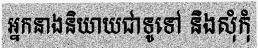
អ្នកនាងនិយាយជាទូទៅ និងសុំកុំ